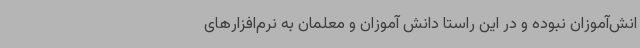
انش‌آموزان نبوده و در این راستا دانش آموزان و معلمان به نرم‌افزارهای